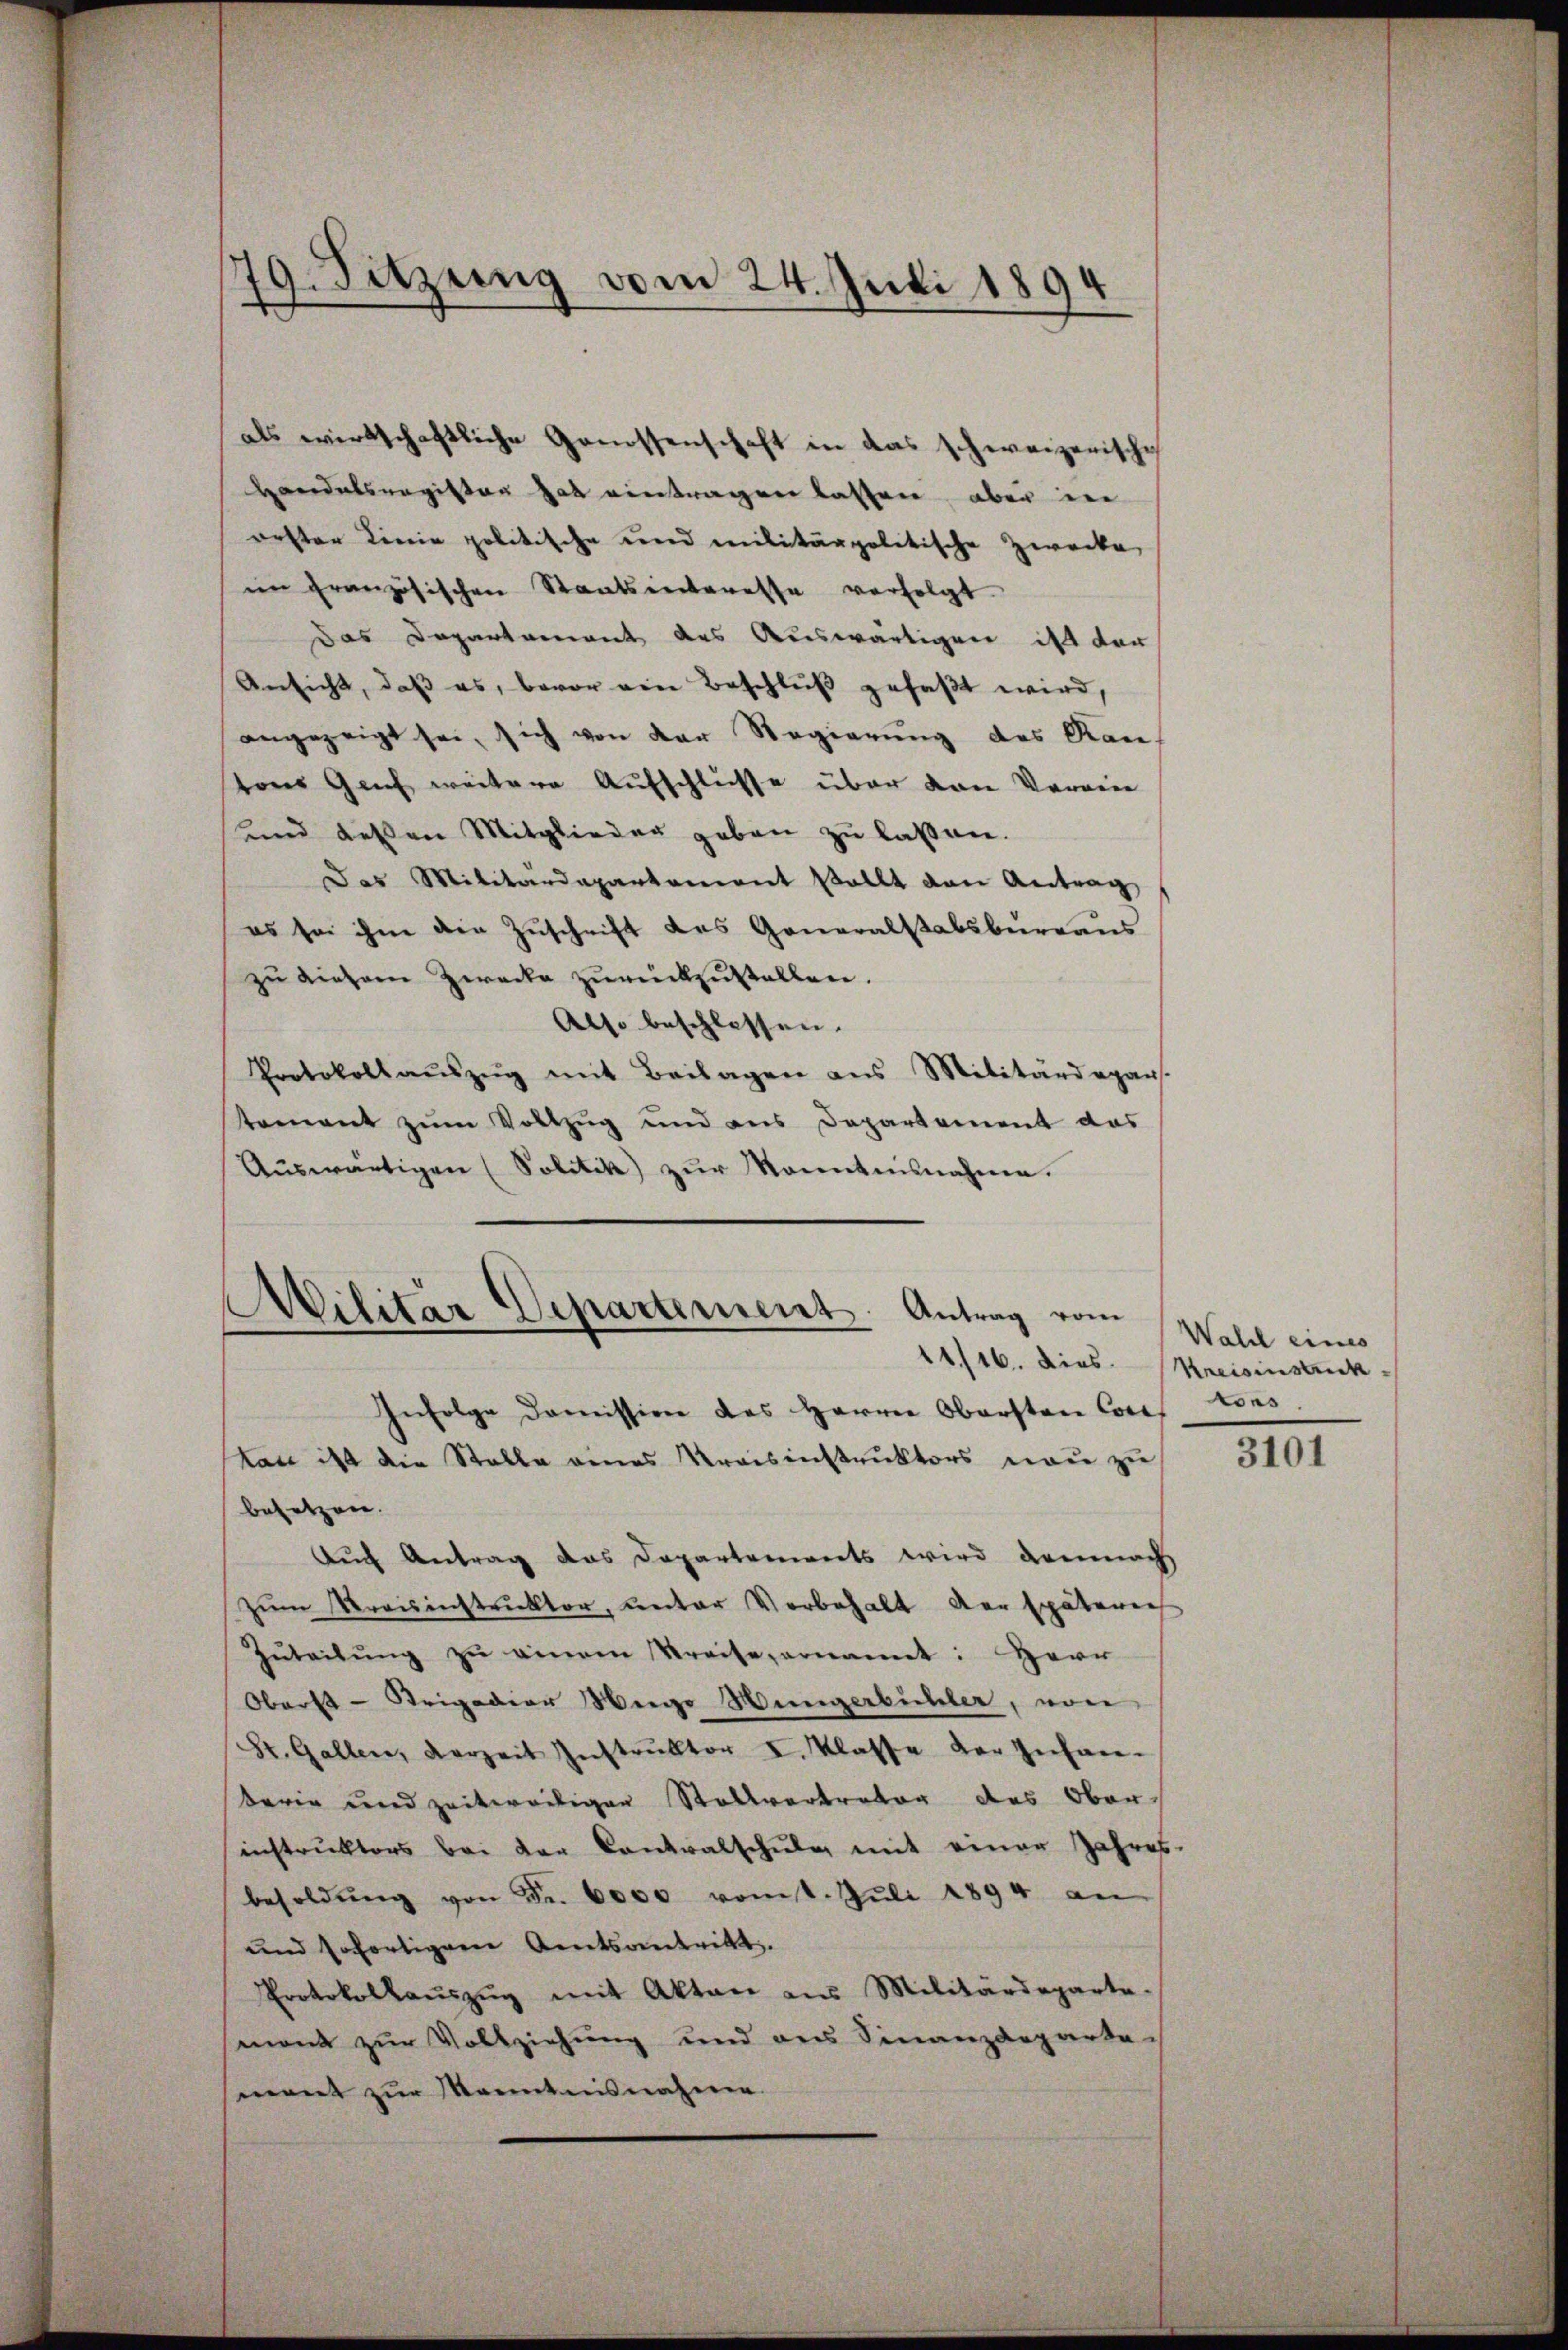
als wirtschaftliche Genossenschaft in das schweizerische
Hordatsregister hat eintragen lassen, aber in
orster Linie politische und militärpolitische Zwecke
im französischen Staatsenteresse verfolgt.
das Departement des Auswärtigen ist der
Ansicht, daβ es, bevor ein Beschlŭβ gefaßt wird,
angezeigt sei, sich von der Regierung des Rau
tons Genf weitere Aufschlusse über von Vorwie
und dessen Mitglieder geben zu lassen.
Das Militärdepartement stellt von Antrag
es sei ihm die Zuschrift des Generalstabsbureaus
zu diesem Zwecke zurückzustellen.
Also beschlossen.
Protokoll aŭszŭg mit Beilagen ans Militärdepar
tement zum Vollzug und aus Departement das
Aŭswärtigen (Politik) zŭr Kenntnisnahme.

19. Sitzung vom 24. Juli 1894
d

Militar Departement. Antrag vom

Infolge domission des Herrn Obersten Corr
kan ist die Stalle eines Kreisinstruktors neu zu
besetzen.
Auch Antrag das Departements wird demnach
zum Kreisinstruktor, unter Vorbehalt der späterech
Zŭteilŭng zŭ eineren Kreise, ernannt: Herr
Oberst - Strigadier Weige Weingerbühler, von
St. Gallen, Verzeit Instruktor I. Klasse der Infanberie und zeitweiliger Stallvertreter des Oberinstrŭktors bei der Contralschŭle mit einer Jahres-
besoldŭng von Fr. 6000 vom 1. Jŭli 1894 an
und sofortigem Amtsantritt.
Protokollaŭszŭg mit Akten aus Militärdeparte.
ment zur Vollziehung und aus Finanzdeparte
ment zur Kenntnisnahme

Wald eines
11/16. Dies Kreisinstruck
tons

3101